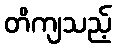
တိကျသည့်